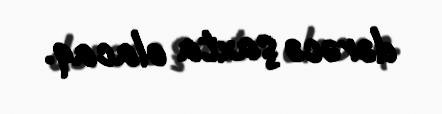
dərəcə şaxta olacaq.